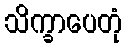
သိက္ခာပေတုံ